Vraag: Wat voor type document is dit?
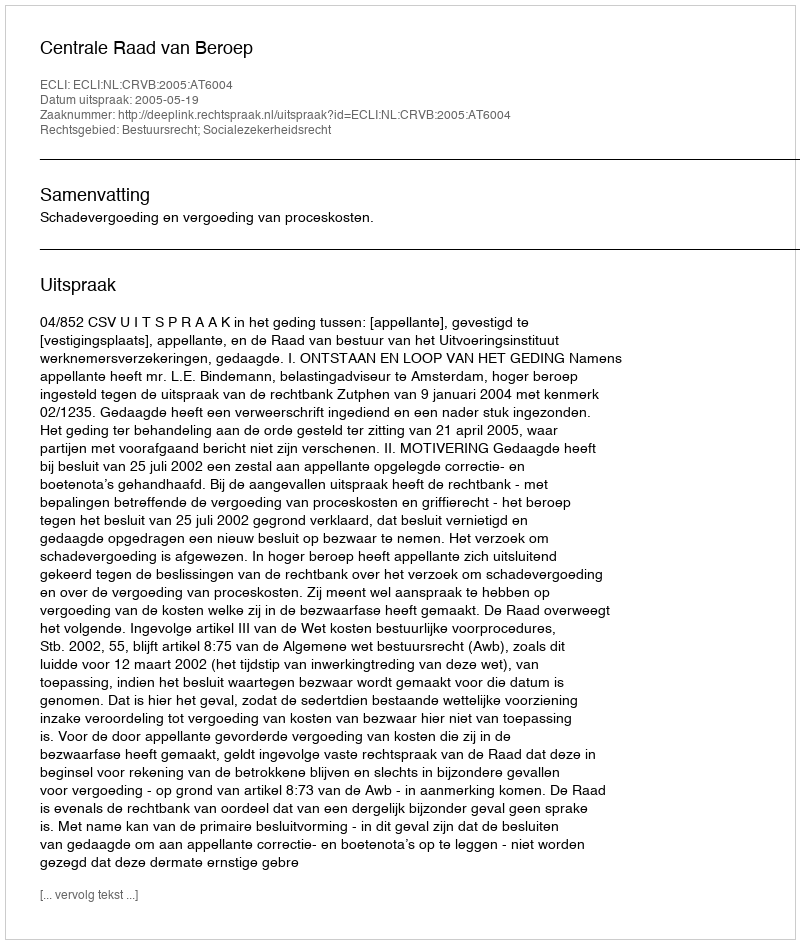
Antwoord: Uitspraak